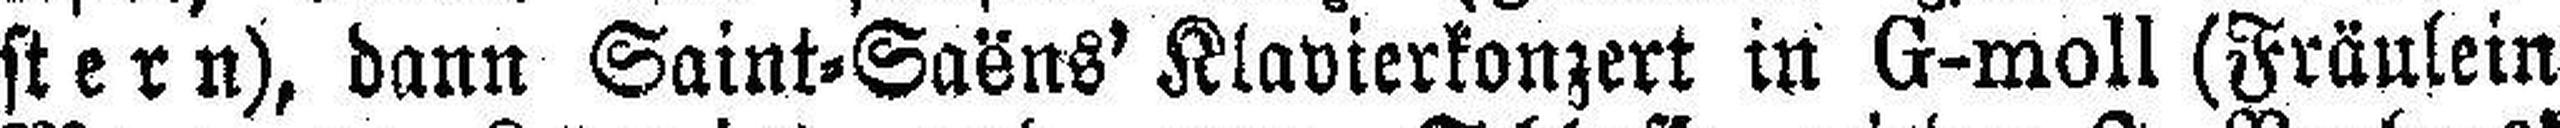
stern), dann Saint=Saëns' Klavierkonzert in G-moll (Fräulein